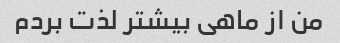
من از ماهی بیشتر لذت بردم